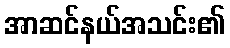
အာဆင်နယ်အသင်း၏